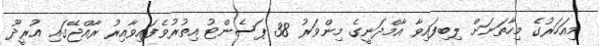
މިއަހަރުގެ މިހާތަނަށް ލިބިފައިވާ އާމްދަނީގެ މިންވަރު 38 ޕަސެންޓު އިތުރުވެފައިވާއިރު ރާއްޖޭގައި އުރީދޫ